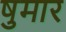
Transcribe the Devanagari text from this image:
षुमार